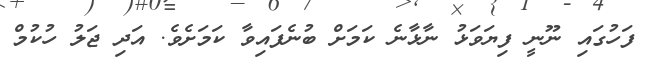
ފަހުގައި ނޫނީ ފިޔަވަޅު ނާޅާނެ ކަމަށް ބުނެފައިވާ ކަމަށެވެ. އަދި ޖަލު ހުކުމް